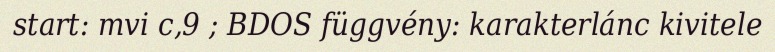
start: mvi c,9 ; BDOS függvény: karakterlánc kivitele